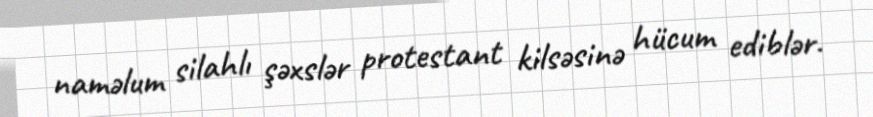
naməlum silahlı şəxslər protestant kilsəsinə hücum ediblər.